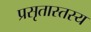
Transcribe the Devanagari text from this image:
प्रसृतास्तस्य